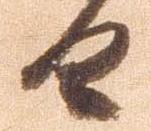
日